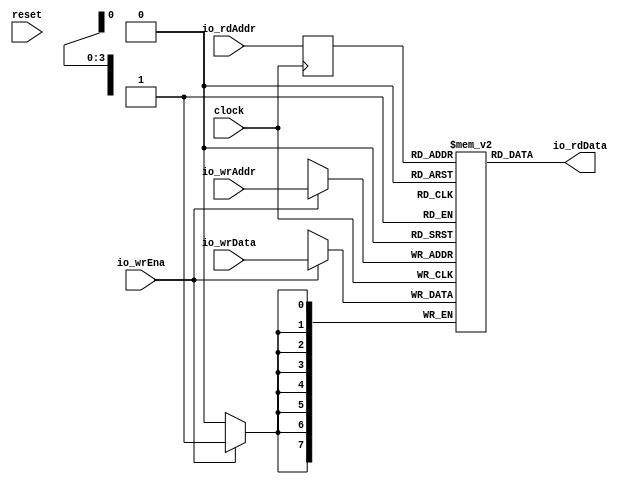
module SimpleSMemRAM(
  input        clock,
  input        reset,
  input  [3:0] io_rdAddr,
  output [7:0] io_rdData,
  input        io_wrEna,
  input  [7:0] io_wrData,
  input  [3:0] io_wrAddr
);
`ifdef RANDOMIZE_MEM_INIT
  reg [31:0] _RAND_0;
`endif // RANDOMIZE_MEM_INIT
`ifdef RANDOMIZE_REG_INIT
  reg [31:0] _RAND_1;
`endif // RANDOMIZE_REG_INIT
  reg [7:0] mem [0:15]; // @[SimpleSMemRAM.scala 16:24]
  wire  mem__T_17_en; // @[SimpleSMemRAM.scala 16:24]
  wire [3:0] mem__T_17_addr; // @[SimpleSMemRAM.scala 16:24]
  wire [7:0] mem__T_17_data; // @[SimpleSMemRAM.scala 16:24]
  wire [7:0] mem__T_18_data; // @[SimpleSMemRAM.scala 16:24]
  wire [3:0] mem__T_18_addr; // @[SimpleSMemRAM.scala 16:24]
  wire  mem__T_18_mask; // @[SimpleSMemRAM.scala 16:24]
  wire  mem__T_18_en; // @[SimpleSMemRAM.scala 16:24]
  reg [3:0] mem__T_17_addr_pipe_0;
  assign mem__T_17_en = 1'h1;
  assign mem__T_17_addr = mem__T_17_addr_pipe_0;
  assign mem__T_17_data = mem[mem__T_17_addr]; // @[SimpleSMemRAM.scala 16:24]
  assign mem__T_18_data = io_wrData;
  assign mem__T_18_addr = io_wrAddr;
  assign mem__T_18_mask = 1'h1;
  assign mem__T_18_en = io_wrEna;
  assign io_rdData = mem__T_17_data; // @[SimpleSMemRAM.scala 44:13]
  always @(posedge clock) begin
    if (mem__T_18_en & mem__T_18_mask) begin
      mem[mem__T_18_addr] <= mem__T_18_data; // @[SimpleSMemRAM.scala 16:24]
    end
    mem__T_17_addr_pipe_0 <= io_rdAddr;
  end
// Register and memory initialization
`ifdef RANDOMIZE_GARBAGE_ASSIGN
`define RANDOMIZE
`endif
`ifdef RANDOMIZE_INVALID_ASSIGN
`define RANDOMIZE
`endif
`ifdef RANDOMIZE_REG_INIT
`define RANDOMIZE
`endif
`ifdef RANDOMIZE_MEM_INIT
`define RANDOMIZE
`endif
`ifndef RANDOM
`define RANDOM $random
`endif
`ifdef RANDOMIZE_MEM_INIT
  integer initvar;
`endif
`ifndef SYNTHESIS
`ifdef FIRRTL_BEFORE_INITIAL
`FIRRTL_BEFORE_INITIAL
`endif
initial begin
  `ifdef RANDOMIZE
    `ifdef INIT_RANDOM
      `INIT_RANDOM
    `endif
    `ifndef VERILATOR
      `ifdef RANDOMIZE_DELAY
        #`RANDOMIZE_DELAY begin end
      `else
        #0.002 begin end
      `endif
    `endif
`ifdef RANDOMIZE_MEM_INIT
  _RAND_0 = {1{`RANDOM}};
  for (initvar = 0; initvar < 16; initvar = initvar+1)
    mem[initvar] = _RAND_0[7:0];
`endif // RANDOMIZE_MEM_INIT
`ifdef RANDOMIZE_REG_INIT
  _RAND_1 = {1{`RANDOM}};
  mem__T_17_addr_pipe_0 = _RAND_1[3:0];
`endif // RANDOMIZE_REG_INIT
  `endif // RANDOMIZE
end // initial
`ifdef FIRRTL_AFTER_INITIAL
`FIRRTL_AFTER_INITIAL
`endif
`endif // SYNTHESIS
endmodule